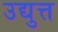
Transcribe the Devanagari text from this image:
उद्युत्त